Lunatic asylums in Bengal annual reports 1888-1898 - 1888-1898
Year: 1888
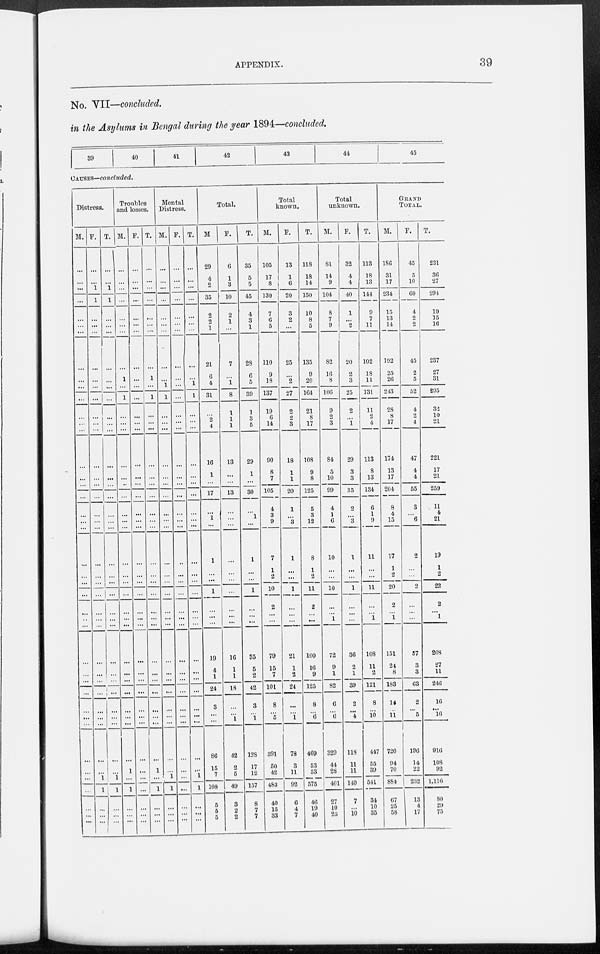
APPENDIX.
39
No. VII—concluded.
in the Asylums in Bengal during the year 1894—concluded.
39
40
41
42
43
41
45
CAUSES—concluded.
Distress.
M.
...
...
...
...
...
...
...
...
...
...
...
...
...
...
...
...
...
...
...
...
...
...
...
...
...
...
...
...
...
...
...
...
...
...
...
...
...
...
...
...
F.
...
...
1
1
...
...
...
...
...
...
...
...
...
...
...
...
...
...
...
...
...
...
...
...
...
...
...
...
...
...
...
...
... ...
...
...
1
1
...
...
...
T.
...
...
1
1
...
...
...
...
...
...
...
...
...
...
...
...
...
...
...
...
...
...
...
...
...
...
...
...
...
...
...
...
...
...
...
...
...
1
1
...
...
...
Troubles
and losses.
M.
...
...
...
...
...
...
...
1
...
1
...
...
...
...
...
...
...
...
...
...
...
...
...
...
...
...
...
...
...
...
...
...
...
...
...
1
...
1
...
...
...
F.
...
...
...
...
...
...
...
...
...
...
...
...
...
...
...
...
...
...
...
...
...
...
...
...
...
...
...
...
...
...
...
...
...
...
...
...
...
...
...
...
...
T.
...
...
...
...
...
...
...
1
1
...
...
...
...
...
...
...
...
...
...
...
...
...
...
...
...
...
...
...
...
...
...
...
...
1
...
1
...
...
...
Mental
Distress.
M.
...
...
...
...
...
...
...
...
...
1
1
...
...
...
...
...
...
...
...
...
...
...
...
...
...
...
...
...
...
...
...
...
...
...
...
...
...
1
1
...
...
...
F.
...
...
...
...
...
...
...
...
...
...
...
...
...
...
...
...
...
...
...
...
...
...
...
...
...
...
...
...
...
...
...
...
...
...
...
...
...
...
...
...
...
...
T.
...
...
...
...
...
...
...
...
...
1
1
...
...
...
...
...
...
...
...
...
...
...
...
...
...
...
...
...
...
...
...
...
...
...
...
1
1
...
...
...
Total.
M
29
4
2
35
2
2
1
21
6
4
31
...
2
4
16
1
...
17
1
...
...
1
...
...
1
...
...
...
19
4
1
24
3
... ...
86
15
7
108
5
5
5
F.
6
1
3
10
2
1
...
7
...
1
8
1
1
1
13
...
...
13
...
...
...
...
...
...
...
...
...
16
1
1
18
...
... 1
42
2
5
49
3
2
2
T.
35
5
5
45
4
3
1
28
6
5
39
1
3
5
29
1
...
30
1
...
...
1
...
...
1
...
...
...
35
5
2
42
3
...
128
17
12
157
8
7
7
Total
known.
M.
105
17
8
130
7
6
5
110
9
18
137
19
6
14
90
8
7
105
4
3
9
7
1
2
10
2
...
...
79
15
7
101
8
... 5
391
60
42
483
40
15
33
F.
13
1
6
20
3
2
...
25
...
2
27
2
2
3
18
1
1
20
1
... 3
1
...
...
1
...
...
...
21
1
2
24
...
... 1
78
3
11
92
6
4
7
T.
118
18
14
150
10
8
5
135
9
20
164
21
8
17
108
9
8
125
5
3
12
8
1
2
11
2
...
...
100
16
9
125
8
... 6
469
53
53
575
46
19
40
Total
unknown.
M.
81
14
9
104
8
7
9
82
16
8
106
9
2
3
84
5
10
99
4
1
6
10
...
...
10
...
...
1
72
9
1
82
6
... 6
329
44
28
401
27
10
25
F.
32
4
4
40
1
...
2
20
2
3
25
2
...
1
29
3
3
35
2
... 3
1
...
...
1
...
...
...
36
2
1
39
2
... 4
118
11
11
140
7
...
10
T.
113
18
13
144
9
7
11
102
18
11
131
11
2
4
113
8
13
134
6
1
9
11
...
...
11
...
... 1
108
11
2
121
8
... 10
447
55
39
541
34
10
35
GRAND
TOTAL.
M.
1S6
31
17
234
15
13
14
192
25
26
213
28
8
17
174
13
17
204
8
4
15
17
1...
2
20
2
... 1
151
24
8
183
14
... 11
720
94
70
884
67
25
58
F.
45
5
10
60
4
2
9
45
2
5
52
4
2
4
47
4
4
55
3
... 6
2
...
...
2
...
...
...
57
3
3
63
2
... 5
196
14
2
232
13
4
17
T.
231
36
27
294
19
15
16
237
27
31
295
32
10
21
221
17
21
259
11
4
21
19
1
2
22
2
... 1
208
27
11
246
16
... 16
916
108
92
1,116
80
29
75